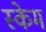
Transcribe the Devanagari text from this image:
स्केम